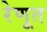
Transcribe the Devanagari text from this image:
रेणूत